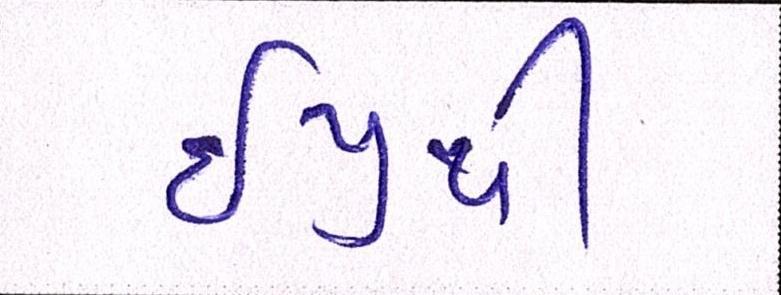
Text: ઇયુથી